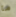
ما